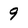
Character: 9